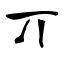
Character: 丌